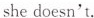
she doesn't.